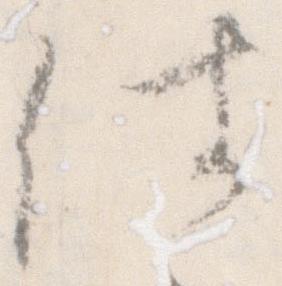
仕